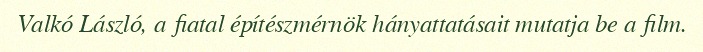
Valkó László, a fiatal építészmérnök hányattatásait mutatja be a film.